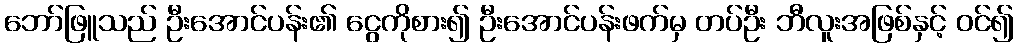
ဘော်ဖြူသည် ဦးအောင်ပန်း၏ ငွေကိုစား၍ ဦးအောင်ပန်းဖက်မှ တပ်ဦး ဘီလူးအဖြစ်နှင့် ဝင်၍